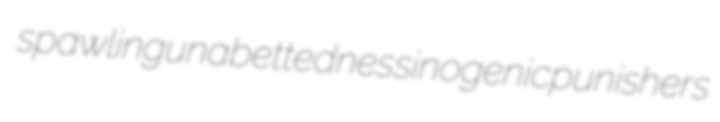
spawling unabettedness inogenic punishers